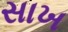
સાખ